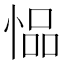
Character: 𫺢